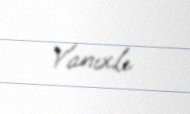
Yanıxlı